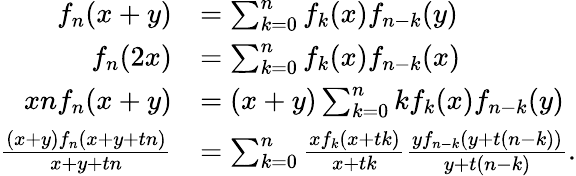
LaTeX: {\begin{array}{rl}{f_{n}(x+y)}&{=\sum_{k=0}^{n}f_{k}(x)f_{n-k}(y)}\\ {f_{n}(2x)}&{=\sum_{k=0}^{n}f_{k}(x)f_{n-k}(x)}\\ {xnf_{n}(x+y)}&{=(x+y)\sum_{k=0}^{n}kf_{k}(x)f_{n-k}(y)}\\ {{\frac{(x+y)f_{n}(x+y+tn)}{x+y+tn}}}&{=\sum_{k=0}^{n}{\frac{xf_{k}(x+tk)}{x+tk}}{\frac{yf_{n-k}(y+t(n-k))}{y+t(n-k)}}.}\end{array}}